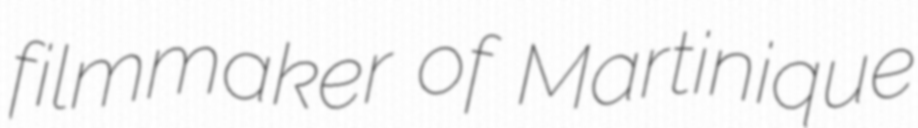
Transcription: filmmaker of Martinique